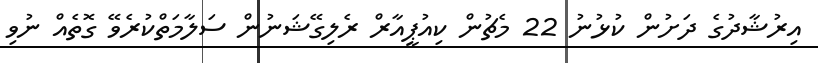
އިރުޝާދުގެ ދަށުން ކުޅުނު 22 މެޗުން ކިއުޕީއާރް ރެލިގޭޝަނުން ސަލާމަތްކުރެވޭ ގޮތެއް ނުވި